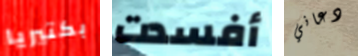
بكتيريا أفسدت دعاني